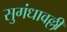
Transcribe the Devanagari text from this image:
सुगंधावल्ली